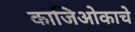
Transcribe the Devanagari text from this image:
काजिओकाचे